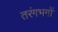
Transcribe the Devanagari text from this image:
तरंगभगों